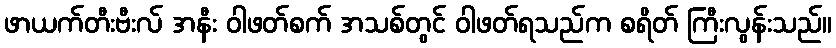
ဖာယက်တီးဗီးလ် အနီး ဝါဖတ်စက် အသစ်တွင် ဝါဖတ်ရသည်က စရိတ် ကြီးလွန်းသည်။